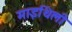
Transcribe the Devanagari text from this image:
माइथिली